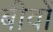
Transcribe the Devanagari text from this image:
बीवों